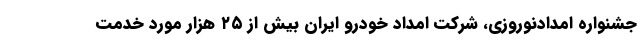
جشنواره امدادنوروزی، شرکت امداد خودرو ایران بیش از ۲۵ هزار مورد خدمت